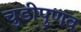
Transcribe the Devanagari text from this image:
चुडीपुणव